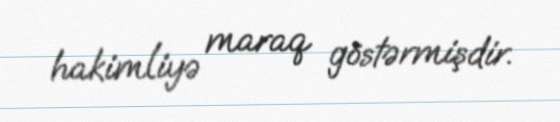
hakimliyə maraq göstərmişdir.